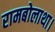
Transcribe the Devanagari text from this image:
रामबोलाथा।